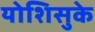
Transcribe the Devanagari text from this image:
योशिसुके